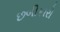
છબીકારો